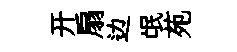
开扇边氓苑